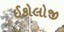
ઈકોલોજી